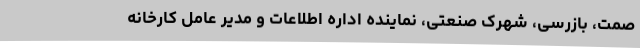
صمت، بازرسی، شهرک صنعتی، نماینده اداره اطلاعات و مدیر عامل کارخانه